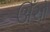
ઊઁચો